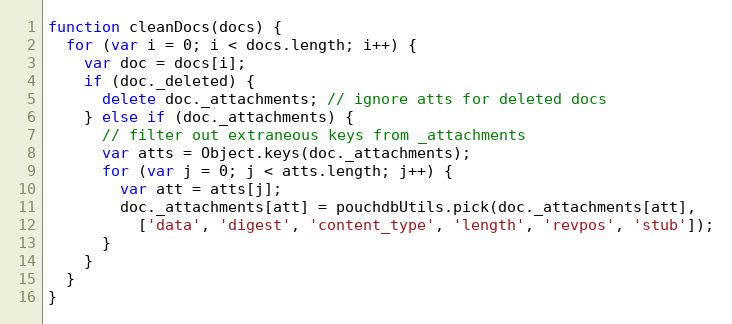
Language: JavaScript
function cleanDocs(docs) {
  for (var i = 0; i < docs.length; i++) {
    var doc = docs[i];
    if (doc._deleted) {
      delete doc._attachments; // ignore atts for deleted docs
    } else if (doc._attachments) {
      // filter out extraneous keys from _attachments
      var atts = Object.keys(doc._attachments);
      for (var j = 0; j < atts.length; j++) {
        var att = atts[j];
        doc._attachments[att] = pouchdbUtils.pick(doc._attachments[att],
          ['data', 'digest', 'content_type', 'length', 'revpos', 'stub']);
      }
    }
  }
}